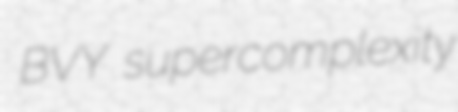
BVY supercomplexity